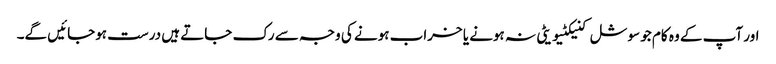
اور آپ کے وہ کام جو سوشل کنیکٹیویٹی نہ ہونے یا خراب ہونے کی وجہ سے رک جاتے ہیں درست ہوجائیں گے۔